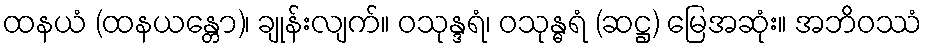
ထနယံ (ထနယန္တော)၊ ချုန်းလျက်။ ဝသုန္ဒရံ၊ ဝသုန္ဓရံ (ဆဋ္ဌ) မြေအဆုံး။ အဘိဝဿံ